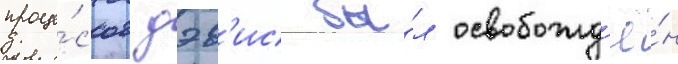
проце́ссов дэв'ис бы́л освобожд'ё́н